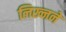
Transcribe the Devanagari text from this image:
लिख्नने